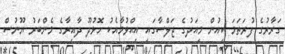
ގަރާރުގެ ފުރަތަމަ ކިއުން މިއަދުގެ ޖަލްސާގައި އިއްވުމާއެކު ހޮޅުދޫ ދާއިރާގެ މެންބަރު ޔޫނުސް